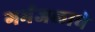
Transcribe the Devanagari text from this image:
गर्भजलाचे